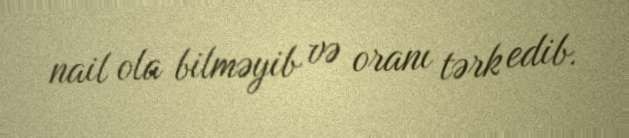
nail ola bilməyib və oranı tərk edib.